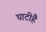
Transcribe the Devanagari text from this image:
घाटीहै